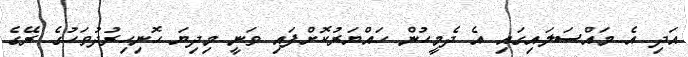
އަދި އެ މައްސަލައިގައި އެ ދެމީހުން ހައްޔަރުކޮށްފައި ވަނީ މިދިޔަ ހޮނިހިރުދުވަހުގެ ރޭގެ